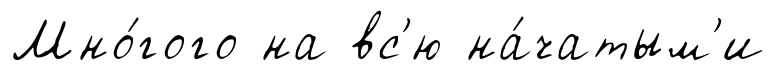
Мно́гого на вс'ю на́чатым'и